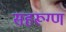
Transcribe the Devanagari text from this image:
सहरूग्ण